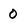
Character: 0